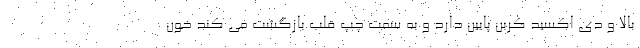
بالا و دی اکسید کربن پایین دارد و به سمت چپ قلب بازگشت می کند خون